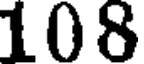
108